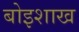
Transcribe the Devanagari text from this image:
बोइशाख